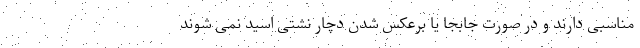
مناسبی دارند و در صورت جابجا یا برعکس شدن دچار نشتی اسید نمی شوند